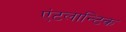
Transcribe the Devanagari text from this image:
एंटलान्टिक